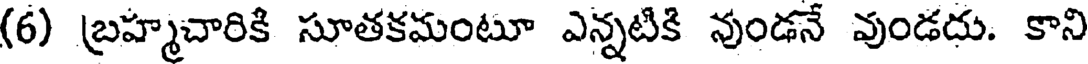
(6) బ్రహ్మచారికి సూతకమంటూ ఎన్నటికి వుండనే వుండదు. కాని